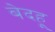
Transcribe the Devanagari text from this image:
बेदहू